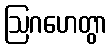
ဩဂဟေတွာ